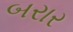
બરાર